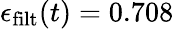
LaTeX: \epsilon_{\mathrm{filt}}(t)=0.708